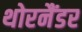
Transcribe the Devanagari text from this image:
थोरनैंडर